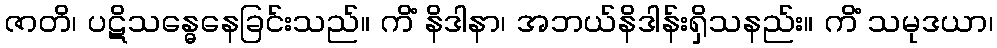
ဇာတိ၊ ပဋိသန္ဓေနေခြင်းသည်။ ကိံ နိဒါနာ၊ အဘယ်နိဒါန်းရှိသနည်း။ ကိံ သမုဒယာ၊